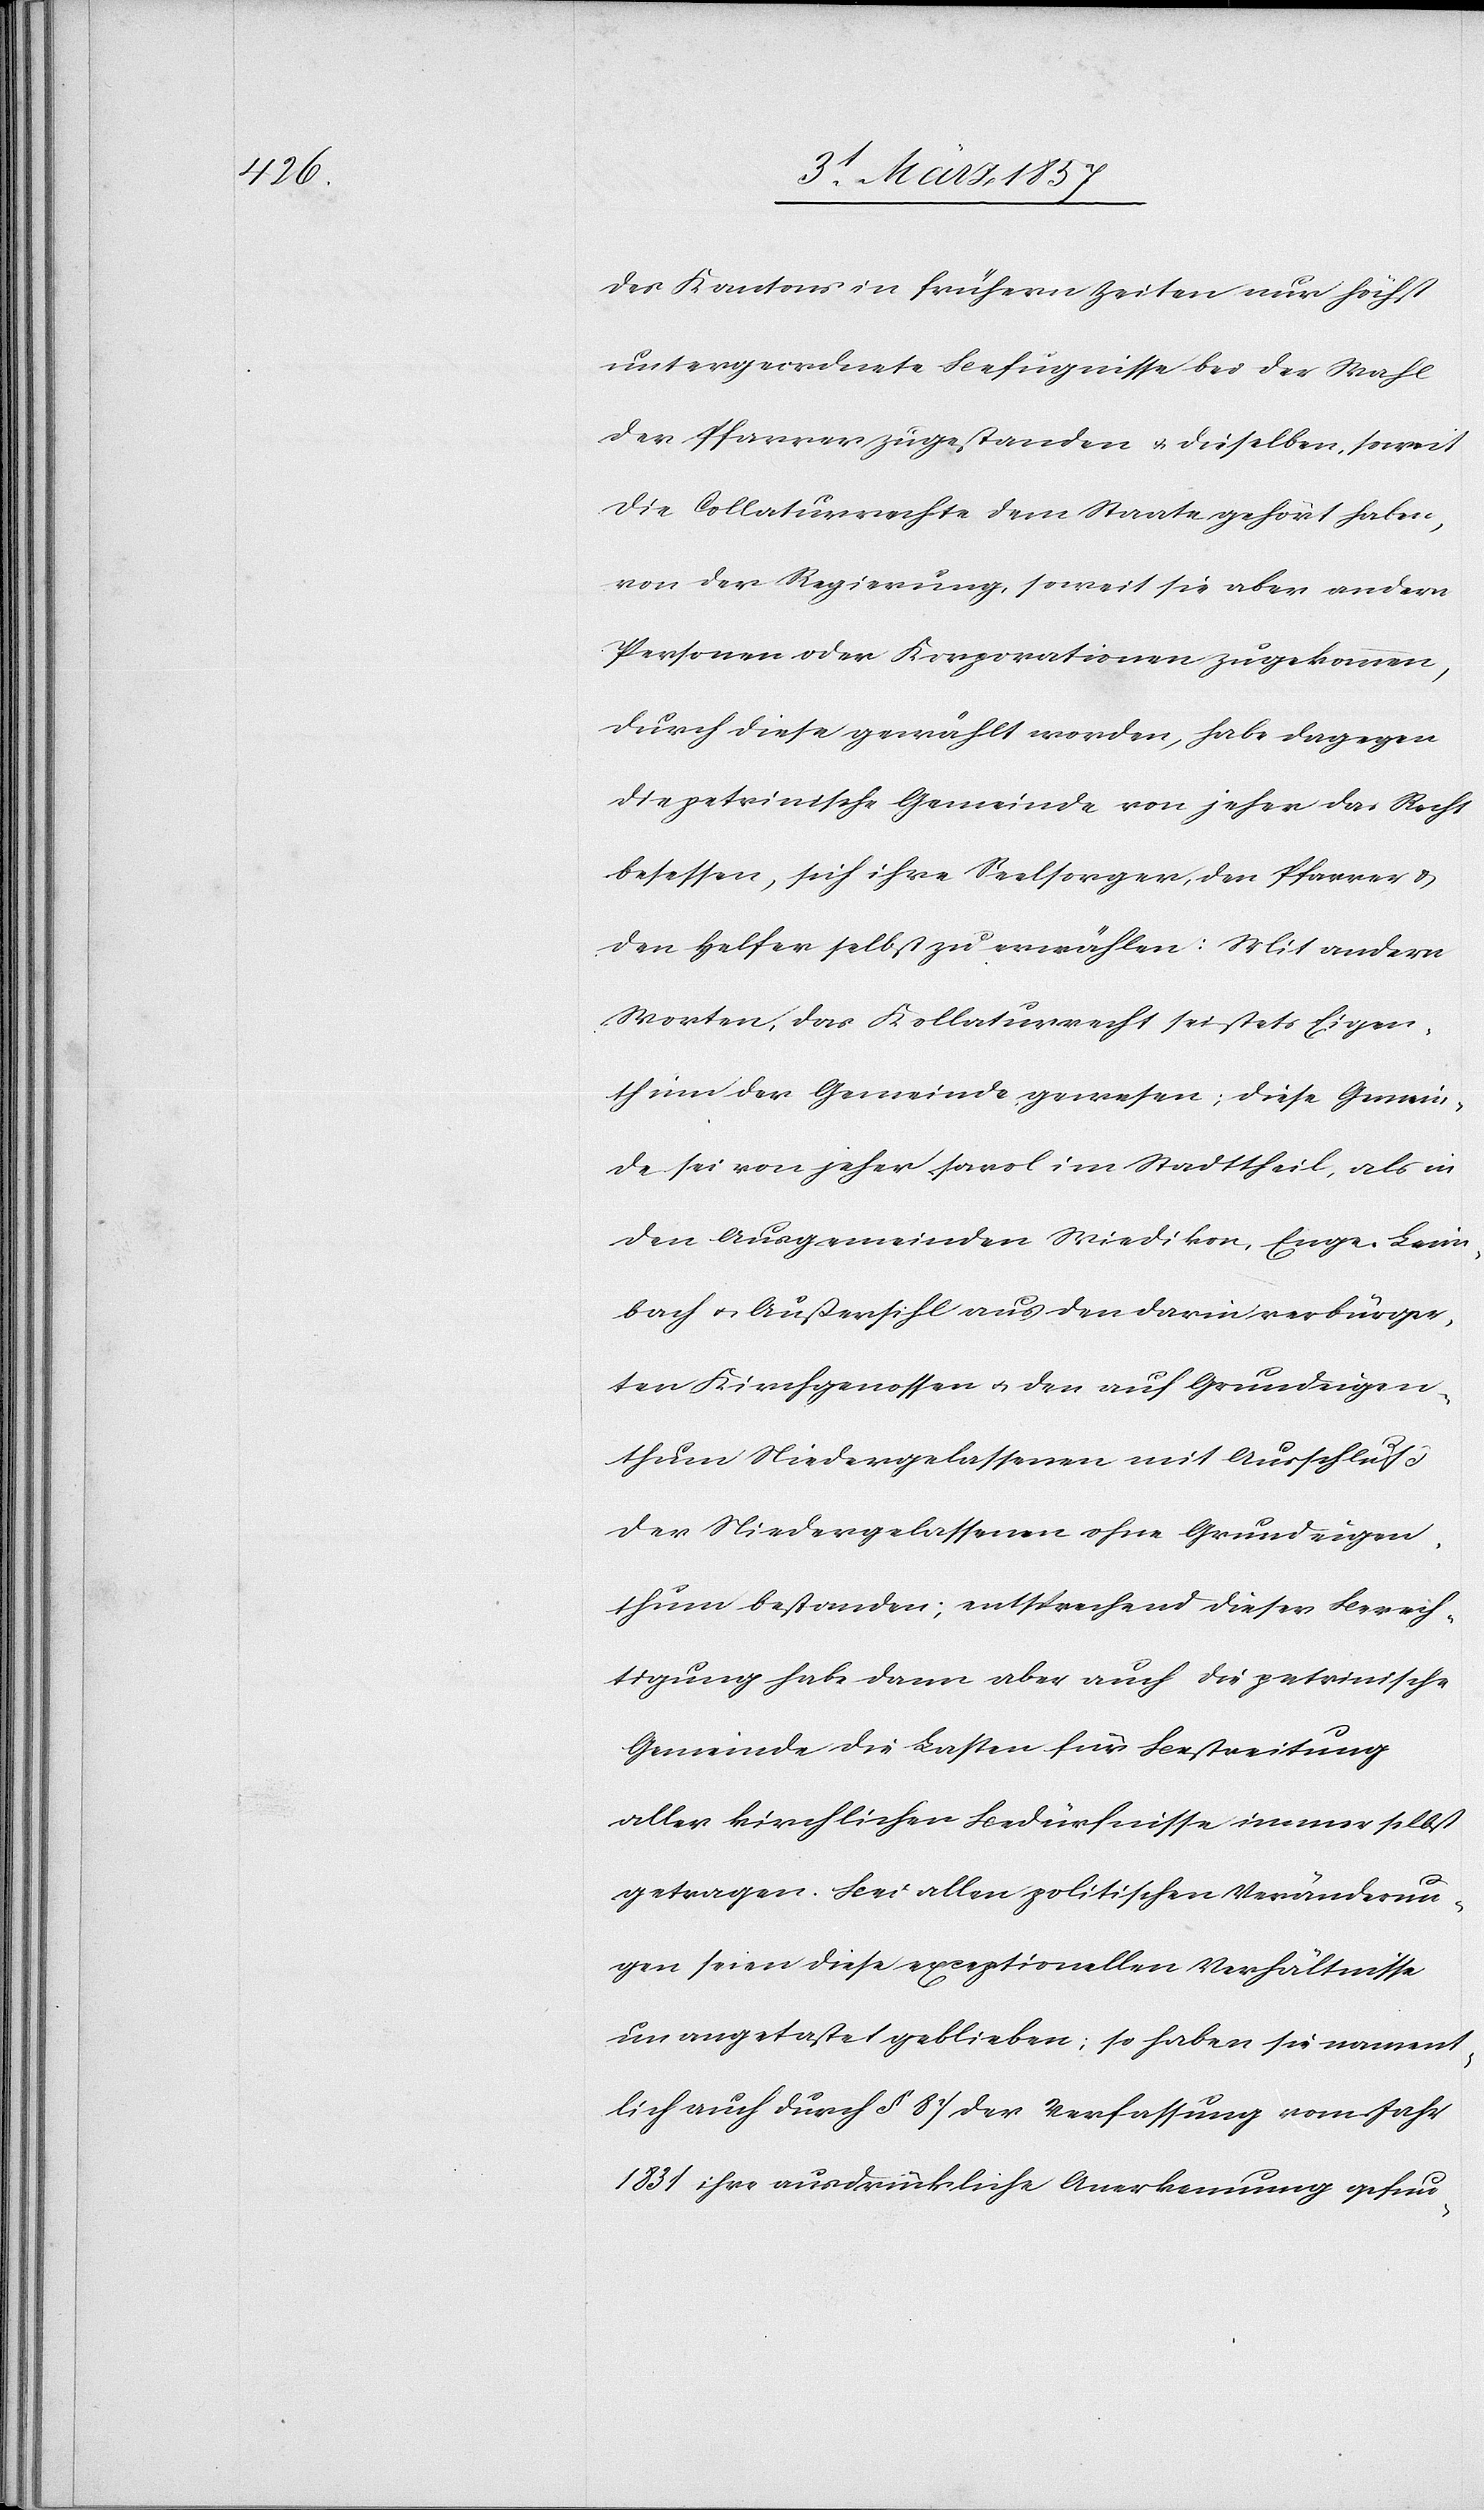
des Kantons in frühern Zeiten nur höchst
untergeordnete Befugnisse bei der Wahl
der Pfarrer zugestanden u. dieselben, soweit
die Collaturrechte dem Staate gehört haben,
von der Regierung, soweit sie aber andern
Personen oder Korporationen zugekommen,
durch dieses gewählt worden, habe dagegen
die petrinische Gemeinde von jeher das Recht
besessen, sich ihre Seelsorger, den Pfarrer &
den Helfer selbst zu erwählen: Mit andern
Worten, das Kollaturrecht sei stets Eigen¬
thum der Gemeinde gewesen; diese Gemein¬
de sei von jeher sowol im Stadttheil, als in
den Ausgemeinden Wiedikon, Enge-Leim¬
bach u. Außersihl aus den darin verbürger¬
ten Kirchgenossen u. den auf Grundeigen¬
thum Niedergelassenen mit Ausschluß
der Niedergelassenen ohne Grundeigen¬
tigung bestanden; entsprechend dieser Berech¬
tigung habe dann aber auch die petrinische
Gemeinde die Lasten für Bestreitung
aller kirchlichen Bedürfnisse immer selbst
getragen. Bei allen polititschen Veränderun¬
gen seien diese exceptionellen Verhältnisse
unangetastet geblieben; so haben sie nament¬
liche auch durch § 87 der Verfassung vom Jahr
1831 ihre ausdrückliche Anerkennung gefun-